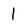
Character: l